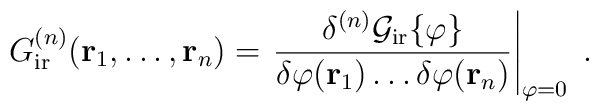
G_{\rm ir}^{(n)} ( {\bf{r}}_1 , \ldots , {\bf{r}}_n )  = \left. \frac{ \delta^{(n)} {\cal{G}}_{\rm ir} \{ \varphi \}}{ \delta \varphi ( {\bf{r}}_1)  \ldots \delta \varphi (  {\bf{r}}_n )} \right|_{\varphi = 0}  \; .